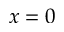
x = 0